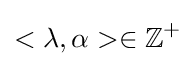
<\lambda ,\alpha >\in \mathbb {Z} ^{+}